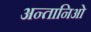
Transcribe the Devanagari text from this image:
अन्तानिओ